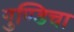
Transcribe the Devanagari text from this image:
गुण्डिचा